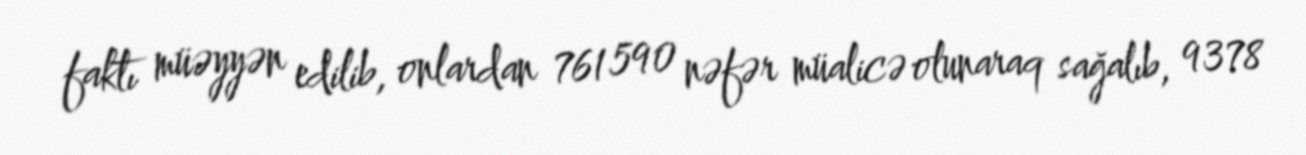
faktı müəyyən edilib, onlardan 761 590 nəfər müalicə olunaraq sağalıb, 9378